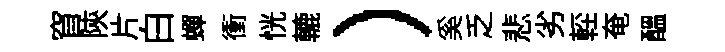
窅陝片白蟬衝恍轆）奚乏悲劣䡖奄醖